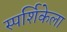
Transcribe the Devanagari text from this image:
स्पर्शिकेला